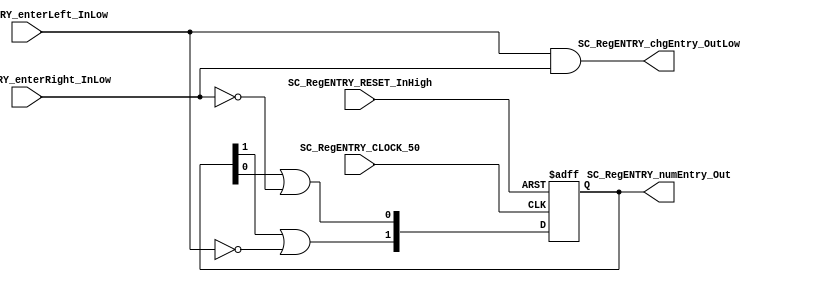
//=======================================================
//  MODULE Definition
//=======================================================
module SC_RegENTRY (
	//////////// OUTPUTS //////////
	SC_RegENTRY_numEntry_Out,
	SC_RegENTRY_chgEntry_OutLow,
	//////////// INPUTS //////////
	SC_RegENTRY_CLOCK_50,
	SC_RegENTRY_RESET_InHigh,
	SC_RegENTRY_enterLeft_InLow,
	SC_RegENTRY_enterRight_InLow
);
//=======================================================
//  PARAMETER declarations
//=======================================================

//=======================================================
//  PORT declarations
//=======================================================
output 	[1:0] SC_RegENTRY_numEntry_Out;
output reg	SC_RegENTRY_chgEntry_OutLow;
input		SC_RegENTRY_CLOCK_50;
input		SC_RegENTRY_RESET_InHigh;
input		SC_RegENTRY_enterLeft_InLow;
input		SC_RegENTRY_enterRight_InLow;

//=======================================================
//  REG/WIRE declarations
//=======================================================
reg [1:0] RegENTRY_Register;
reg [1:0] RegENTRY_Signal;

//=======================================================
//  Structural coding
//=======================================================

always @(*)
begin
	
	RegENTRY_Signal = {RegENTRY_Register[1] | ~SC_RegENTRY_enterLeft_InLow,   //se activa el 1 de la izq
							 RegENTRY_Register[0] | ~SC_RegENTRY_enterRight_InLow}; //se activa el 1 de la der
	SC_RegENTRY_chgEntry_OutLow = SC_RegENTRY_enterLeft_InLow & SC_RegENTRY_enterRight_InLow;//es 0 si alguno es 0 (cambi alguna entrada)
end

always @(posedge SC_RegENTRY_CLOCK_50, posedge SC_RegENTRY_RESET_InHigh)
begin
	if (SC_RegENTRY_RESET_InHigh == 1'b1)
		RegENTRY_Register <= 0; //El nmero de entradas inicial es 0 (las 2 abiertas)
	else
		RegENTRY_Register <= RegENTRY_Signal;
end
//=======================================================
//  Outputs
//=======================================================
//OUTPUT LOGIC: COMBINATIONAL
assign SC_RegENTRY_numEntry_Out = RegENTRY_Register;

endmodule